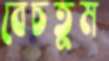
বেচতুম